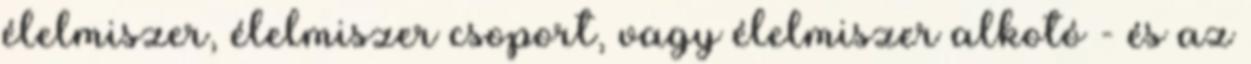
élelmiszer, élelmiszer csoport, vagy élelmiszer alkotó - és az